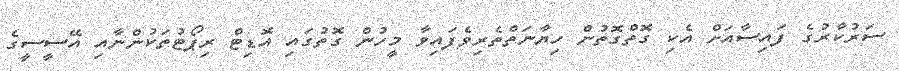
ސަރުކާރުގެ ފައިސާއަށް އެކި ގޮތްގޮތުން ހިޔާނަތްތެރިވެފައިވާ މީހުން ގޮތުގައި އޮޑިޓް ރިޕޯޓުތަކުންނާއި އޭސީސީގެ